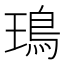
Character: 鳿